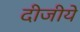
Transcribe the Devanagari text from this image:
दीजीये